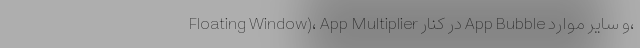
Floating Window)، App Multiplier در کنار App Bubble و سایر موارد،